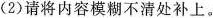
(2)请将内容模糊不清处补上。